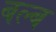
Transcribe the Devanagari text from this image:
बल्‍ब